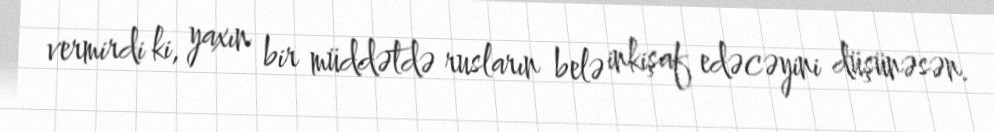
vermirdi ki, yaxın bir müddətdə rusların belə inkişaf edəcəyini düşünəsən.